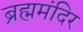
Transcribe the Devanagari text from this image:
ब्रह्ममंदिर